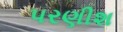
પરણીશ